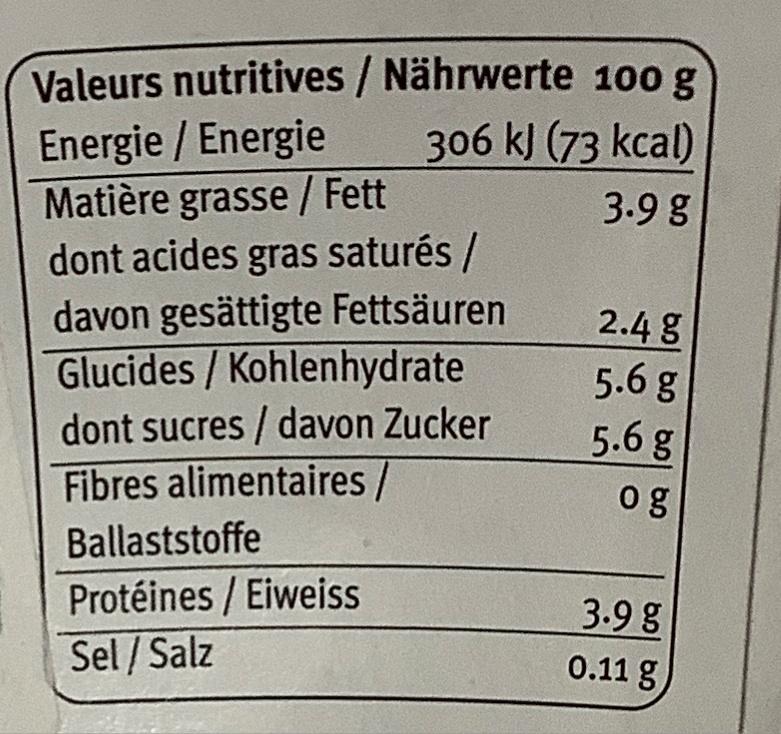
Valeurs nutritives / Nährwerte 100 g
Energie / Energie
306 kJ (73 kcal)
Matière grasse / Fett
3.9 g
dont acides gras saturés /
davon gesättigte Fettsäuren
Glucides/Kohlenhydrate
dont sucres/davon Zucker
Fibres alimentaires /
Ballaststoffe
Protéines / Eiweiss
Sel/Salz
2.4 g
5.6 g
5.6 g
og
3.9 g
0.11 g